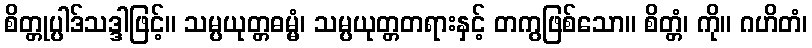
စိတ္တုပ္ပါဒ်သဒ္ဒါဖြင့်။ သမ္ပယုတ္တဓမ္မံ၊ သမ္ပယုတ္တတရားနှင့် တကွဖြစ်သော။ စိတ္တံ၊ ကို။ ဂဟိတံ၊